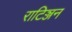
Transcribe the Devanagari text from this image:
राटिञ्जन